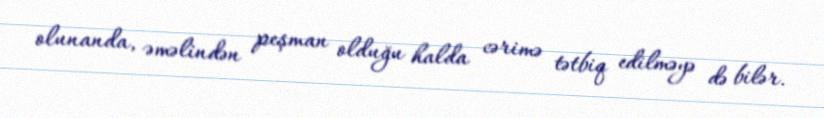
olunanda, əməlindən peşman olduğu halda cərimə tətbiq edilməyə də bilər.